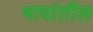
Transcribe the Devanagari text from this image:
भावांतील